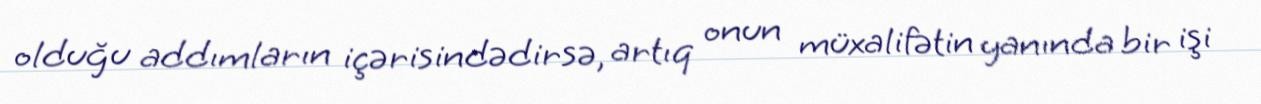
olduğu addımların içərisindədirsə, artıq onun müxalifətin yanında bir işi